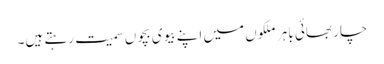
چار بھائی باہر ملکوں میں اپنے بیوی بچوں سمیت رہتے ہیں۔